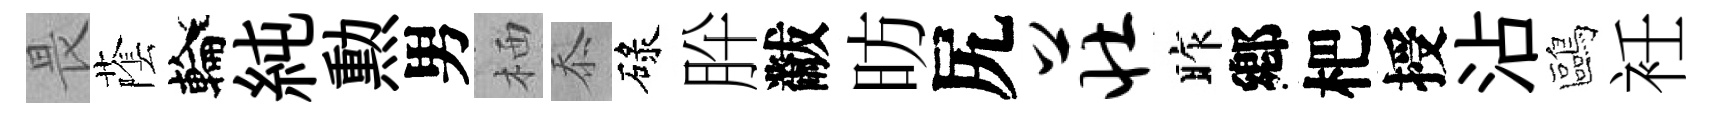
畏䕃輪純勲男栖忝碌肸黻昉尻庄昨鄕杷授沾鷗衽